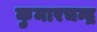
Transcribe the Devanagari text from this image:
कुमारचन्द्र